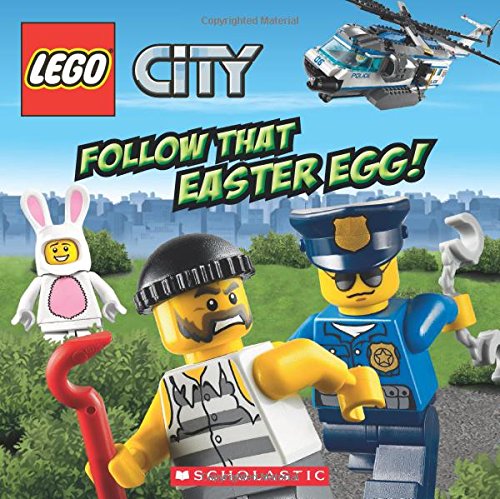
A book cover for LEGO City: Follow That Easter Egg!; Trey King; Children's Books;